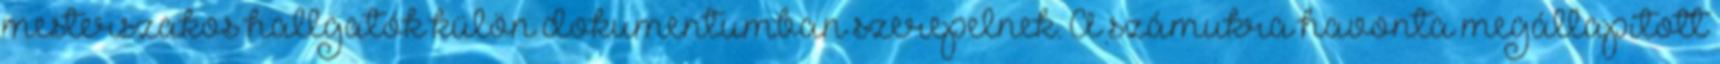
mesterszakos hallgatók külön dokumentumban szerepelnek. A számukra havonta megállapított